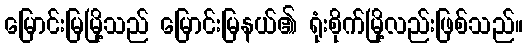
မြောင်းမြမြို့သည် မြောင်းမြနယ်၏ ရုံးစိုက်မြို့လည်းဖြစ်သည်။